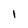
Character: 1